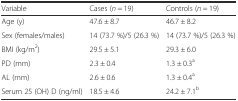
<table><thead><tr><td><b>Variable</b></td><td><b>Cases (<i>n</i> = 19)</b></td><td><b>Controls (<i>n</i> = 19)</b></td></tr></thead><tbody><tr><td>Age (y)</td><td>47.6 ± 8.7</td><td>46.7 ± 8.2</td></tr><tr><td>Sex (females/males)</td><td>14 (73.7 %)/5 (26.3 %)</td><td>14 (73.7 %)/5 (26.3 %)</td></tr><tr><td>BMI (kg/m<sup>2</sup>)</td><td>29.5 ± 5.1</td><td>29.3 ± 6.0</td></tr><tr><td>PD (mm)</td><td>2.3 ± 0.4</td><td>1.3 ± 0.3<sup>a</sup></td></tr><tr><td>AL (mm)</td><td>2.6 ± 0.6</td><td>1.3 ± 0.4<sup>a</sup></td></tr><tr><td>Serum 25 (OH) D (ng/ml)</td><td>18.5 ± 4.6</td><td>24.2 ± 7.1<sup>b</sup></td></tr></tbody></table>